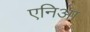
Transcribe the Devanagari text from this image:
एनिआ